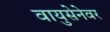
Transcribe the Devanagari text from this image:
वायुसेनेवर